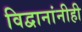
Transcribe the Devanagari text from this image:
विद्वानांनीही